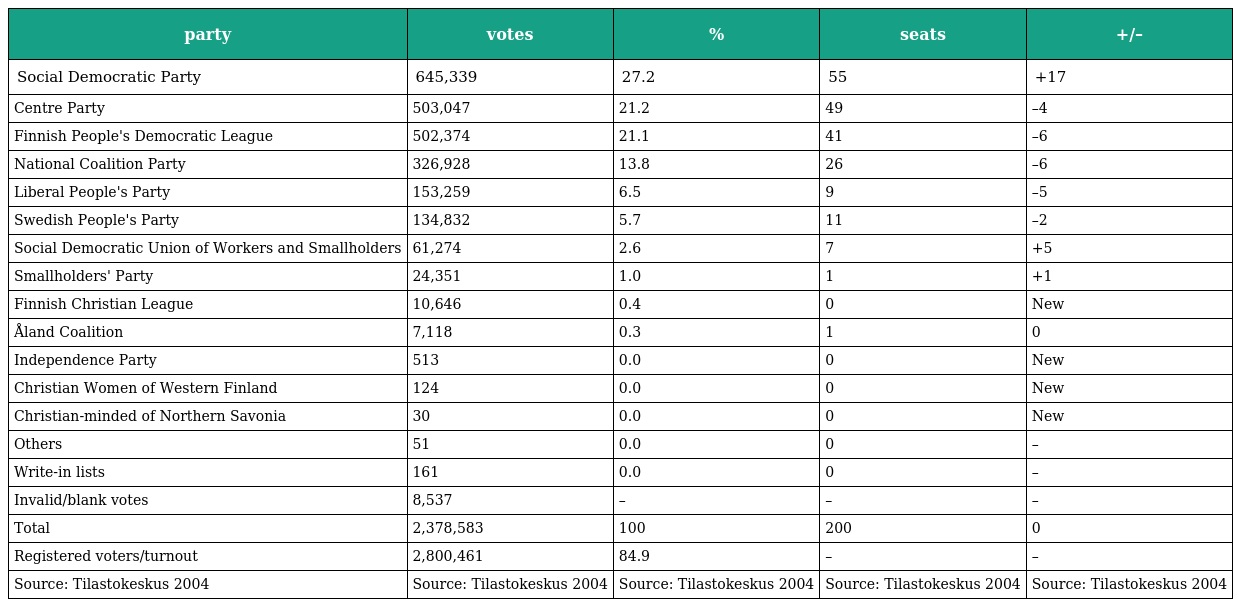
| party | votes | % | seats | +/– |
 | --- | --- | --- | --- | --- |
 | Social Democratic Party | 645,339 | 27.2 | 55 | +17 |
 | Centre Party | 503,047 | 21.2 | 49 | –4 |
 | Finnish People's Democratic League | 502,374 | 21.1 | 41 | –6 |
 | National Coalition Party | 326,928 | 13.8 | 26 | –6 |
 | Liberal People's Party | 153,259 | 6.5 | 9 | –5 |
 | Swedish People's Party | 134,832 | 5.7 | 11 | –2 |
 | Social Democratic Union of Workers and Smallholders | 61,274 | 2.6 | 7 | +5 |
 | Smallholders' Party | 24,351 | 1.0 | 1 | +1 |
 | Finnish Christian League | 10,646 | 0.4 | 0 | New |
 | Åland Coalition | 7,118 | 0.3 | 1 | 0 |
 | Independence Party | 513 | 0.0 | 0 | New |
 | Christian Women of Western Finland | 124 | 0.0 | 0 | New |
 | Christian-minded of Northern Savonia | 30 | 0.0 | 0 | New |
 | Others | 51 | 0.0 | 0 | – |
 | Write-in lists | 161 | 0.0 | 0 | – |
 | Invalid/blank votes | 8,537 | – | – | – |
 | Total | 2,378,583 | 100 | 200 | 0 |
 | Registered voters/turnout | 2,800,461 | 84.9 | – | – |
 | Source: Tilastokeskus 2004 | Source: Tilastokeskus 2004 | Source: Tilastokeskus 2004 | Source: Tilastokeskus 2004 | Source: Tilastokeskus 2004 |